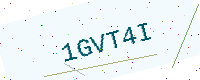
Text: 1GVT4I